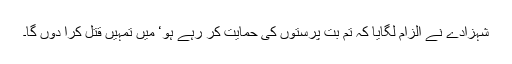
شہزادے نے الزام لگایا کہ تم بُت پرستوں کی حمایت کر رہے ہو‘ میں تمہیں قتل کرا دوں گا۔